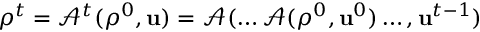
\rho ^ { t } = \mathcal { A } ^ { t } ( \rho ^ { 0 } , \mathrm { \mathbf { u } } ) = \mathcal { A } ( \dots \mathcal { A } ( \rho ^ { 0 } , \mathrm { \mathbf { u } } ^ { 0 } ) \dots , \mathrm { \mathbf { u } } ^ { t - 1 } )